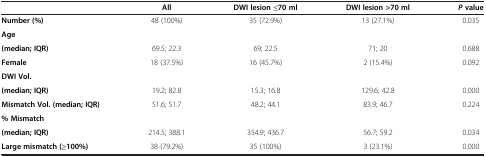
<table><thead><tr><td><b> </b></td><td><b>All</b></td><td><b>DWI lesion ≤70 ml</b></td><td><b>DWI lesion &gt;70 ml</b></td><td><b><i>P </i>value</b></td></tr></thead><tbody><tr><td><b>Number (%)</b></td><td>48 (100%)</td><td>35 (72.9%)</td><td>13 (27.1%)</td><td>0.035</td></tr><tr><td><b>Age</b></td><td> </td><td> </td><td> </td><td> </td></tr><tr><td><b>(median; IQR)</b></td><td>69.5; 22.3</td><td>69; 22.5</td><td>71; 20</td><td>0.688</td></tr><tr><td><b>Female</b></td><td>18 (37.5%)</td><td>16 (45.7%)</td><td>2 (15.4%)</td><td>0.092</td></tr><tr><td><b>DWI Vol.</b></td><td> </td><td> </td><td> </td><td> </td></tr><tr><td><b>(median; IQR)</b></td><td>19.2; 82.8</td><td>15.3; 16.8</td><td>129.6; 42.8</td><td>0.000</td></tr><tr><td><b>Mismatch Vol. (median; IQR)</b></td><td>51.6; 51.7</td><td>48.2; 44.1</td><td>83.9; 46.7</td><td>0.224</td></tr><tr><td><b>% Mismatch</b></td><td> </td><td> </td><td> </td><td> </td></tr><tr><td><b>(median; IQR)</b></td><td>214.5; 388.1</td><td>354.9; 436.7</td><td>56.7; 59.2</td><td>0.034</td></tr><tr><td><b>Large mismatch (≥100%)</b></td><td>38 (79.2%)</td><td>35 (100%)</td><td>3 (23.1%)</td><td>0.000</td></tr></tbody></table>